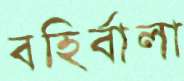
বহির্বালা